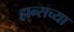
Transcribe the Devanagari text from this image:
हान्सच्या